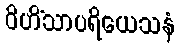
ဝိဟိံသာပရိယေသနံ